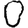
Digit: 0